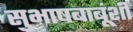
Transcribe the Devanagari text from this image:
सुभाषबाबूंशी